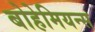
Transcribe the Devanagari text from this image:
बोहेमियन्स